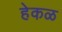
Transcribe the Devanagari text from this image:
हेकळ